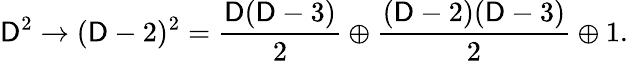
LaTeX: \mathsf{D}^{2}\rightarrow(\mathsf{D}-2)^{2}={\frac{{\mathsf{D}(\mathsf{D}-3)}}{{2}}}\oplus{\frac{{(\mathsf{D}-2)(\mathsf{D}-3)}}{{2}}}\oplus1.